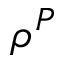
\rho ^ { P }